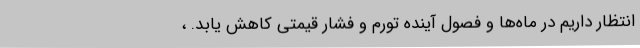
انتظار داریم در ماه‌ها و فصول آینده تورم و فشار قیمتی کاهش یابد. ،